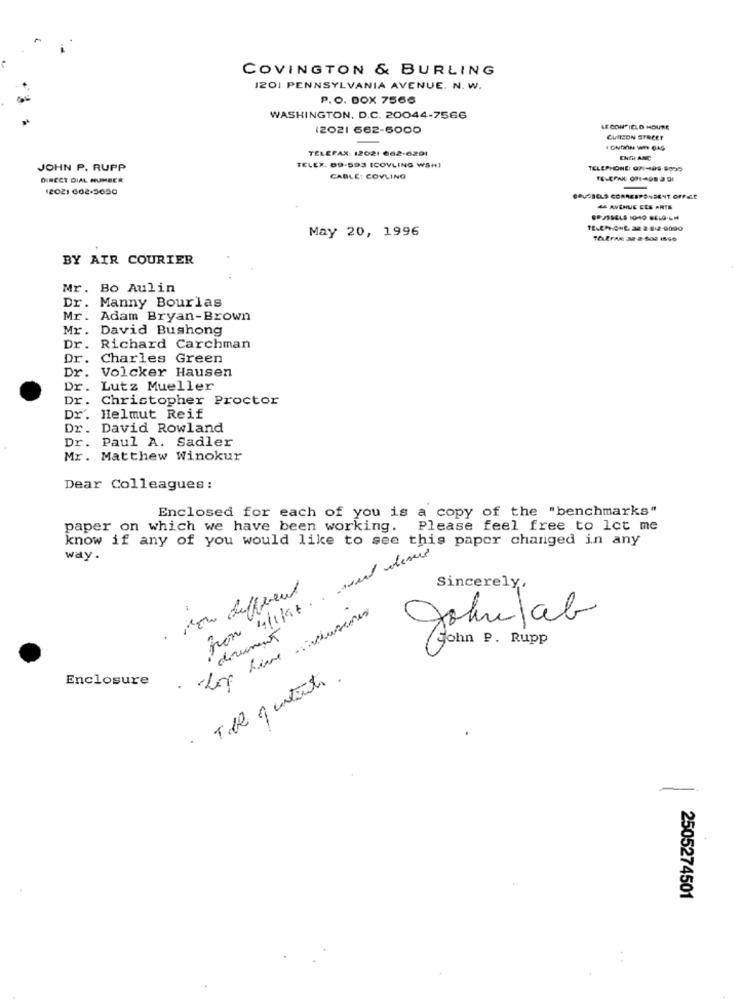
COVINGTON & BURLING
I201 PENNSYLVANIA AVENUE. N. W.
P.O. DOX 7566
WASHINGTON, D.C. 20044-7566
(2021 662-6000
LECOWHFIELD HOURE
CUITEON STREET
TELEFAX: 12021 662-6291
TELEX. 89-593 (COVLING WSH]
ENGH ANC
JOHN P. RUPP
TELEPHONE: 07:4498-8895
DIRECT DIAL HUMBER
CABLE: COVLING
12021 602-5650
46 AVENUE CES ARTS
May 20, 1996
TELEFAR 32- 2-600 1596
BY AIR COURIER
Mr. Bo Aulin
Dr. Manny Bourlas
Mr. Adam Bryan-Brown
Mr. David Bushong
Dr.
Richard Carchman
Dr. Charles Green
Dr.
Volcker Hausen
Dr.
Lutz Mueller
Dr.
Christopher Proctor
Dr.
Helmut Reif
Dr.
David Rowland
Dr.
Paul A. Sadler
Mr. Matthew Winokur
Dear Colleagues:
Enclosed for each of you is a copy of the "benchmarks"
paper on which we have been working. Please feel free to let me
know if any of you would like to see this paper changed in any
way.
. Non different
Sincerely,
dirument
Johnlab
sohn P. Rupp
Enclosure
Till quutenti .
2505274501